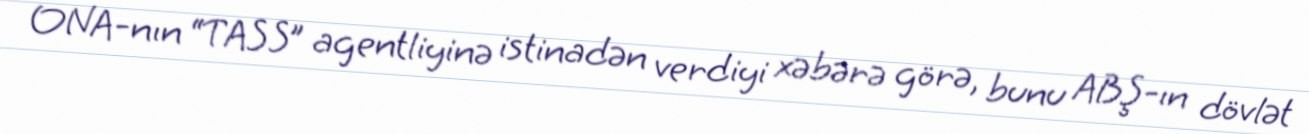
ONA-nın “TASS” agentliyinə istinadən verdiyi xəbərə görə, bunu ABŞ-ın dövlət